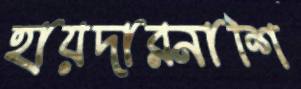
হায়দারনাশি